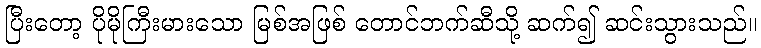
ပြီးတော့ ပိုမိုကြီးမားသော မြစ်အဖြစ် တောင်ဘက်ဆီသို့ ဆက်၍ ဆင်းသွားသည်။